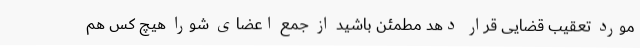
مورد تعقیب قضایی قرار دهد مطمئن باشید از جمع اعضای شورا هیچ کس هم